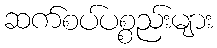
ဆက်စပ်ပစ္စည်းများ